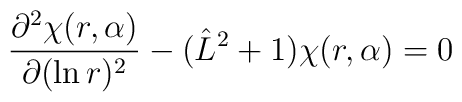
\frac{\partial^2\chi (r,{\bf \alpha})}{\partial(\ln r)^2}-(\hat L^2+1)\chi (r,{\bf \alpha})=0